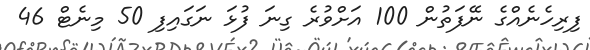
ފިރިހެނެއްގެ ނޭފަތުން 100 އަށްވުރެ ގިނަ ފުޅަ ނަގައިފި 50 މިނެޓް 46